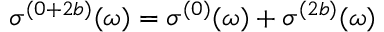
\sigma ^ { ( 0 + 2 b ) } ( \omega ) = \sigma ^ { ( 0 ) } ( \omega ) + \sigma ^ { ( 2 b ) } ( \omega )